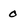
Character: 0